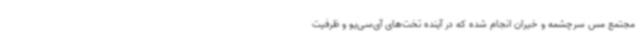
مجتمع مس سرچشمه و خیران انجام شده که در آینده تخت‌های آی‌سی‌یو و ظرفیت